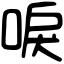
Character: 唳